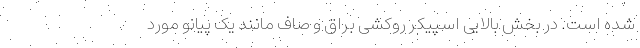
شده است. در بخش بالایی اسپیکر روکشی براق و صاف مانند یک پیانو مورد